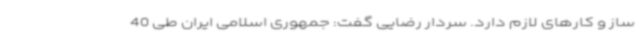
ساز و کارهای لازم دارد. سردار رضایی گفت: جمهوری اسلامی ایران طی 40